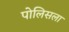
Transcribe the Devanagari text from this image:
पोलिसला